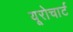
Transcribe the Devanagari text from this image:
यूरोचार्ट